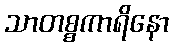
သာတစ္စကာရိနော